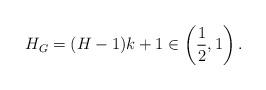
LaTeX: \begin{align*}H_G=(H-1)k+1\in \left(\frac{1}{2},1\right).\end{align*}